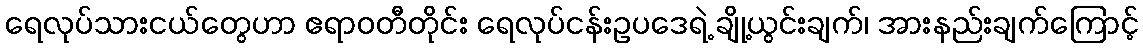
ရေလုပ်သားငယ်တွေဟာ ဧရာဝတီတိုင်း ရေလုပ်ငန်းဥပဒေရဲ့ ချို့ယွင်းချက်၊ အားနည်းချက်ကြောင့်